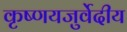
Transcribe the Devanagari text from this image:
कृष्णयजुर्वेदीय